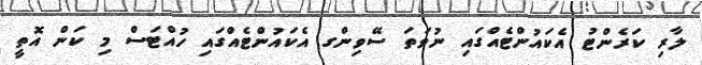
ލާރި ކަރެންޓު އެކައުންޓެއްގައި ނުވަތަ ސޭވިންގ އެކައުންޓެއްގައި ހުއްޓަސް މި ކަން އޮތީ